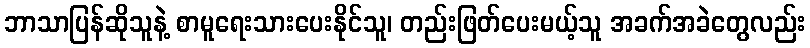
ဘာသာပြန်ဆိုသူနဲ့ စာမူရေးသားပေးနိုင်သူ၊ တည်းဖြတ်ပေးမယ့်သူ အခက်အခဲတွေလည်း